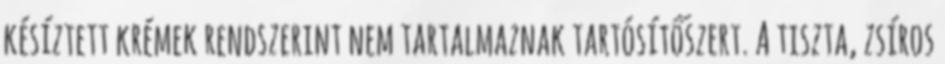
késíztett krémek rendszerint nem tartalmaznak tartósítőszert. A tiszta, zsíros